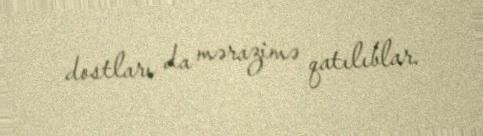
dostları da mərazimə qatılıblar.